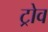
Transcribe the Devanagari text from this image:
ट्रोव